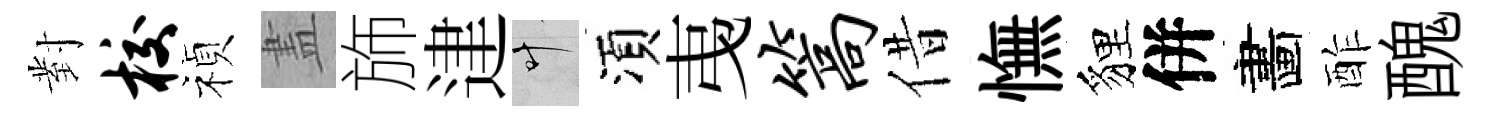
對校禎𥁞斾䢖叶湏𢎯篙借憮貍併畵酢醜